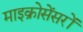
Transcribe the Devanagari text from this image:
माइक्रोसेंसरों